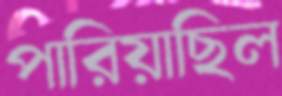
পারিয়াছিল